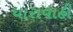
ધારાવાહી